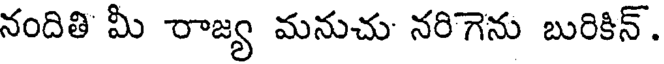
నందితి మీ రాజ్య మనుచు నరిగెను బురికిన్.